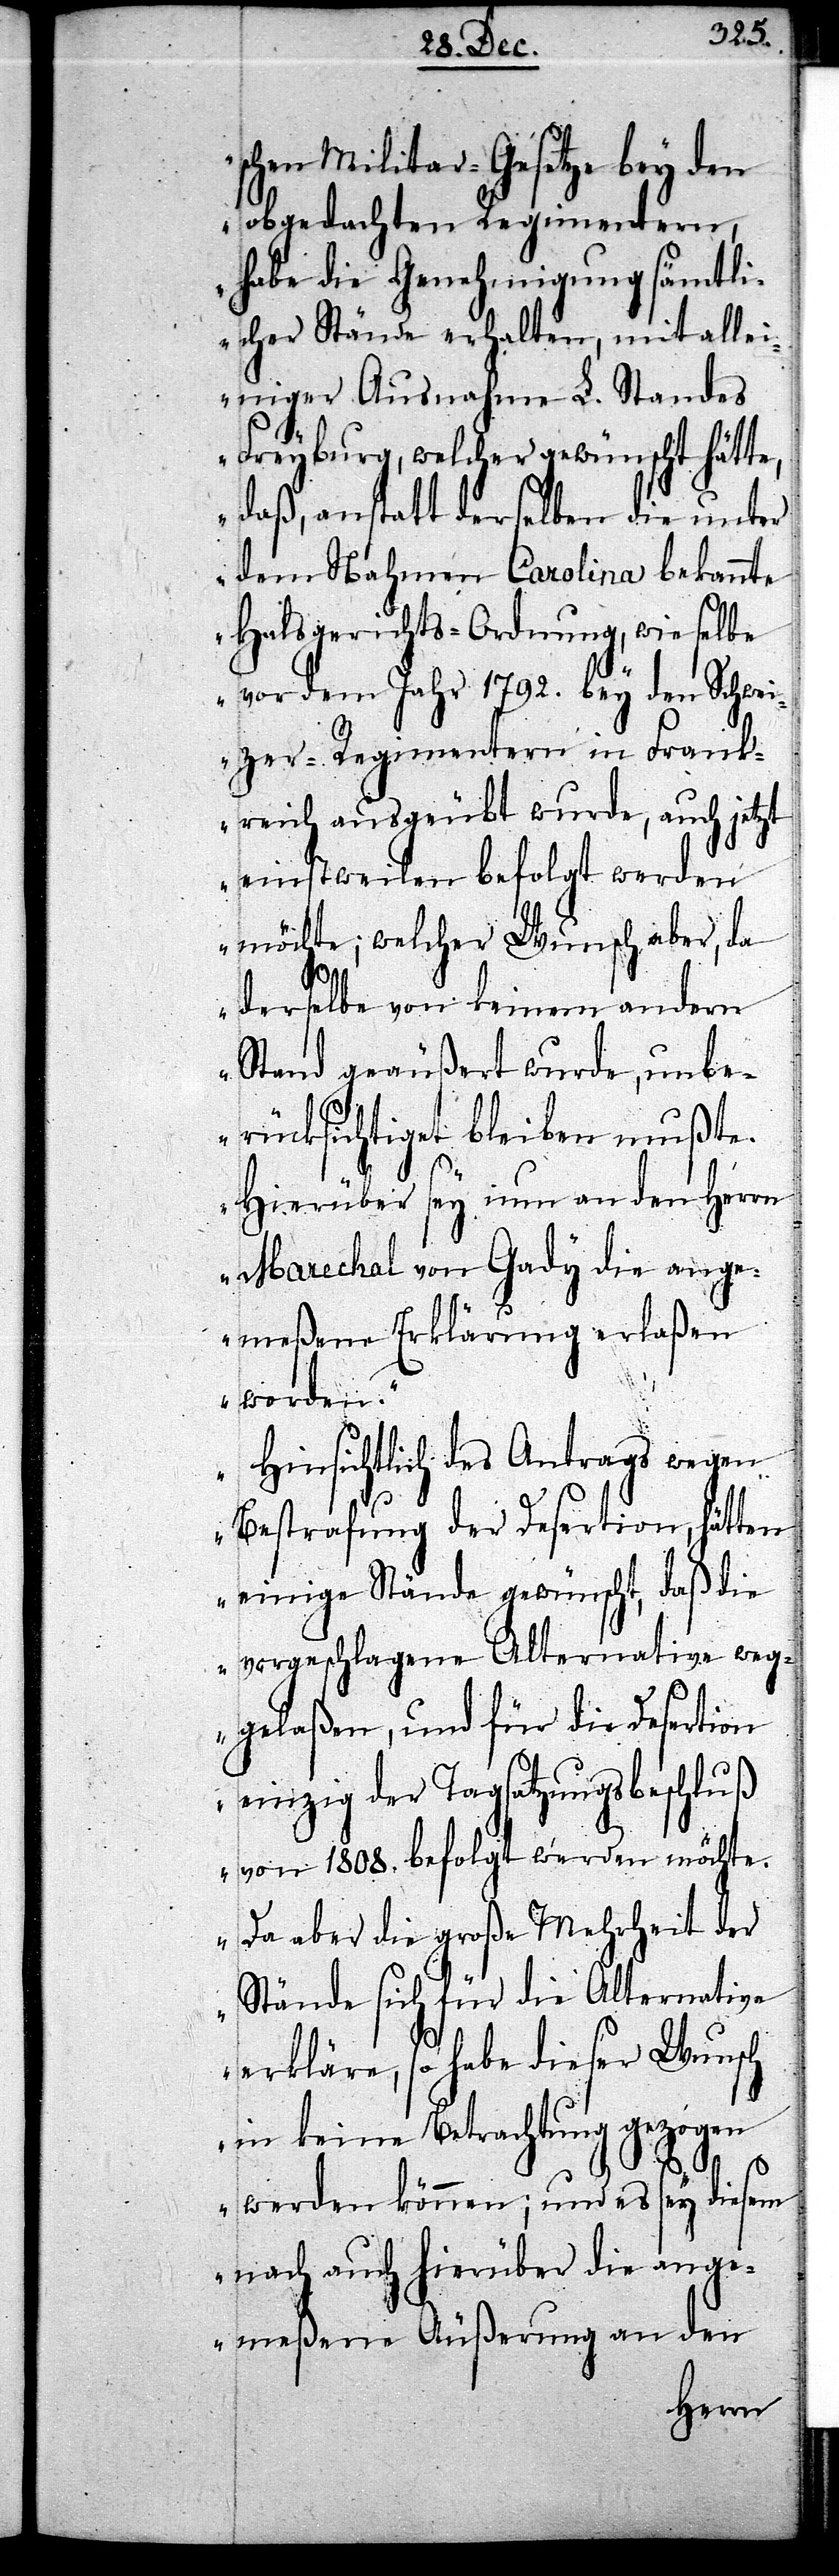
chen Militar-Gesetze bey den
obgedachten Regimentern,
habe die Genehmigung sämtli¬
cher Stände erhalten, mit alle¬
iniger Ausnahme L. Standes
Freyburg, welcher gewünscht hätte,
daß, anstatt derselben die unter
dem Nahmen Carolina bekannte
Halsgerichts-Ordnung, wie selbe
vor dem Jahr 1792. bey den Schwei¬
s¬
zer-Regimentern in Frank¬
reich ausgeübt wurde, auch jetzt
einstweilen befolgt werden
möchte; welcher Wunsch aber, da
derselbe von keinem andern
Stand geäußert wurde, unbe¬
rücksichtiget bleiben mußte.
Hierüber sey nun an den Herrn
Marechal von Gady die ange¬
meßene Erklärung erlaßen
worden.
Hinsichtlich des Antrags wegen
Bestrafung der Desertion, hätten
einige Stände gewünscht, daß die
vorgeschlagene Alternative weg¬
gelaßen, und für die Desertion
einzig der Tagsatzungsbeschluß
von 1808. befolgt werden möchte.
Da aber die große Mehrheit der
Stände sich für die Alternative
erkläre, so habe dieser Wunsch
in keine Betrachtung gezogen
werden können; und es sey diesem
nach auch hierüber die ange¬
meßene Äußerung an den